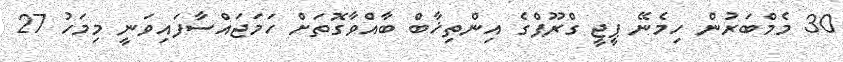
30 މެމްބަރުން ހިމެނޭ ޕީޖީ ގްރޫޕްގެ އިންތިޚާބް ބާއްވާގޮތަށް ހަމަޖައްސާފައިވަނީ މިމަހު 27